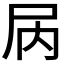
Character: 𫵓